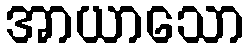
အာယာသော